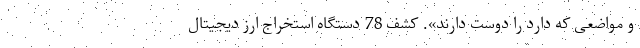
و مواضعی که دارد را دوست دارند». کشف 78 دستگاه استخراج ارز دیجیتال